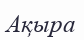
Ақыра